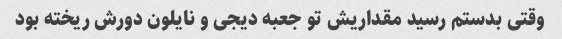
وقتی بدستم رسید مقداریش تو جعبه دیجی و نایلون دورش ریخته بود